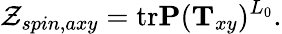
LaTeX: \mathcal{Z}_{spin,axy}=\mathrm{{tr}}{\mathbf{P}}({\mathbf{T}}_{xy})^{L_{0}}.